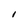
Character: l